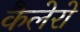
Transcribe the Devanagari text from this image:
कैलेरो